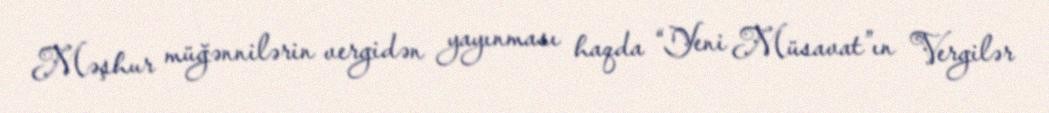
Məşhur müğənnilərin vergidən yayınması haqda “Yeni Müsavat”ın Vergilər